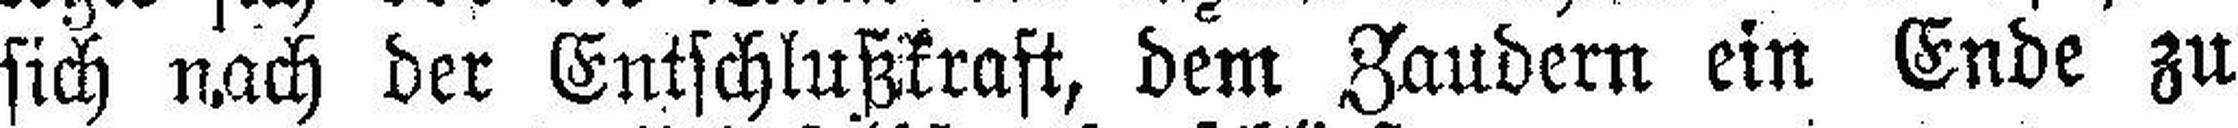
sich nach der Entschlußkraft, dem Zaudern ein Ende zu